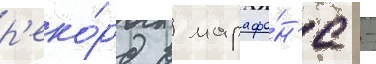
р'еко́рд в марафо́н'е -